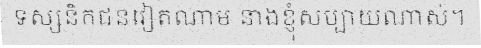
ទស្សនិកជនវៀតណាម នាងខ្ញុំសប្បាយណាស់។